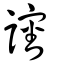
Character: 讅